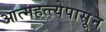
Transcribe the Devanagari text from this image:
आत्महत्त्येपासून